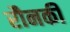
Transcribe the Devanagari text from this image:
रौनकी